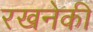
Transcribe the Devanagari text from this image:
रखनेकी